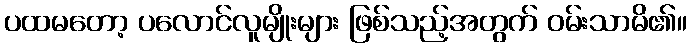
ပထမတော့ ပလောင်လူမျိုးများ ဖြစ်သည့်အတွက် ဝမ်းသာမိ၏။